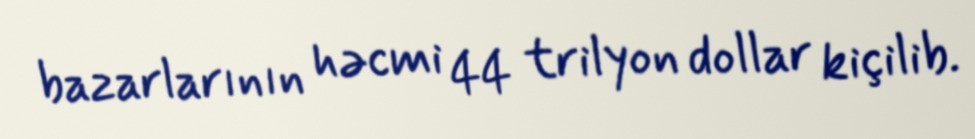
bazarlarının həcmi 44 trilyon dollar kiçilib.